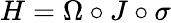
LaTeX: H=\Omega\circ J\circ\sigma